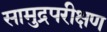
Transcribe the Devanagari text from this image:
सामुद्रपरीक्षण